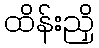
ထိန်းညှိ